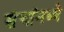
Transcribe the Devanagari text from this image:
संचांमध्ये